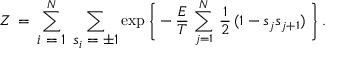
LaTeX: Z \, = \: \sum _ { \textstyle i = 1 } ^ { N } \; \sum _ { \textstyle s _ { i } = \pm 1 } \exp \left\lbrace \vphantom { \frac { A } { A } } \right. \! - \frac { E } { T } \, \sum _ { j = 1 } ^ { N } \, \frac { 1 } { 2 } \, ( 1 - s _ { j } s _ { j + 1 } ) \left. \vphantom { \frac { A } { A } } \right\rbrace .